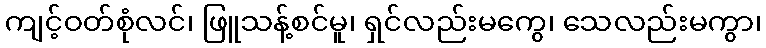
ကျင့်ဝတ်စုံလင်၊ ဖြူသန့်စင်မူ၊ ရှင်လည်းမကွေ၊ သေလည်းမကွာ၊